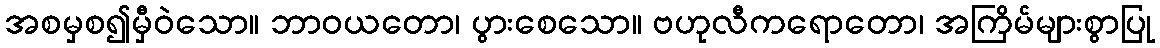
အစမှစ၍မှီဝဲသော။ ဘာဝယတော၊ ပွားစေသော။ ဗဟုလီကရောတော၊ အကြိမ်များစွာပြု